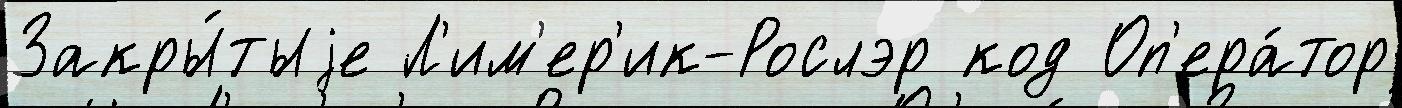
Закры́тыjе Л'им'ер'ик-Рослэр код Оп'ера́тор